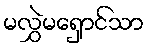
မလွှဲမရှောင်သာ